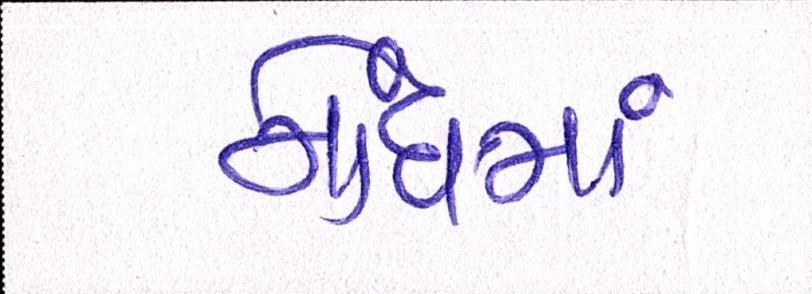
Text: નોંધમાં